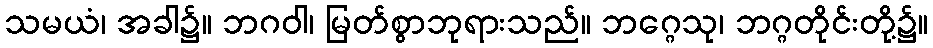
သမယံ၊ အခါ၌။ ဘဂဝါ၊ မြတ်စွာဘုရားသည်။ ဘဂ္ဂေသု၊ ဘဂ္ဂတိုင်းတို့၌။